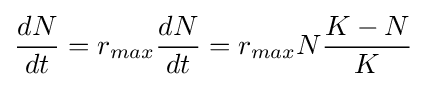
{\frac {dN}{dt}}=r_{max}{\frac {dN}{dt}}=r_{max}N{\frac {K-N}{K}}